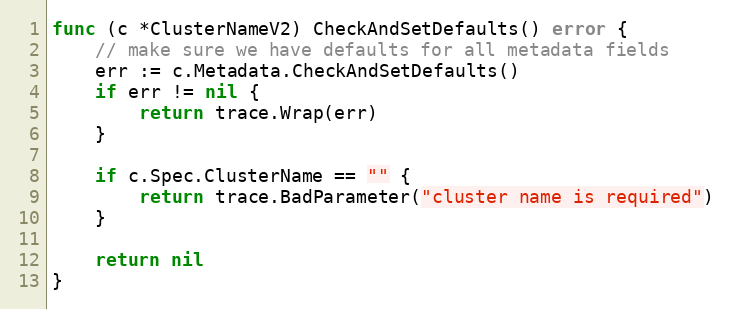
Language: Go
func (c *ClusterNameV2) CheckAndSetDefaults() error {
	// make sure we have defaults for all metadata fields
	err := c.Metadata.CheckAndSetDefaults()
	if err != nil {
		return trace.Wrap(err)
	}

	if c.Spec.ClusterName == "" {
		return trace.BadParameter("cluster name is required")
	}

	return nil
}